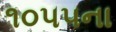
૧૦૫૫ના